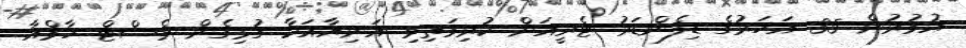
އުމުރުން 35 އަހަރުގެ ޑިފެންޑަރު ޓެރީއަށް ކުރިމަތިވި އަނިޔާއަކާ ގުޅިގެން ވެސްޓް ހާމްއާ